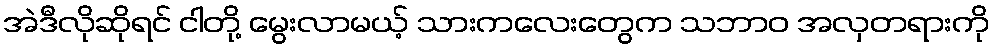
အဲဒီလိုဆိုရင် ငါတို့ မွေးလာမယ့် သားကလေးတွေက သဘာဝ အလှတရားကို